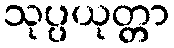
သုပ္ပယုတ္တာ